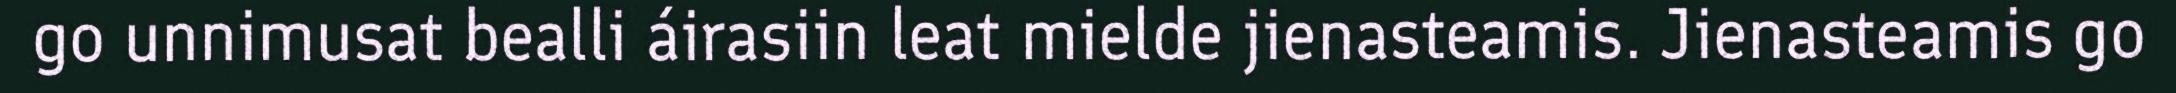
go unnimusat bealli áirasiin leat mielde jienasteamis. Jienasteamis go